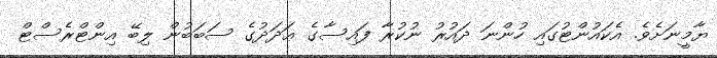
ޔާމީނަށެވެ. އެކައުންޓުގައި ހުންނަ ދައުރު ނުކުރާ ފައިސާގެ ޢަދަދުގެ ސަބަބުން ލިބޭ އިންޓްރެސްޓް